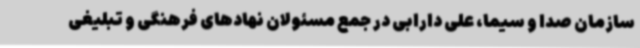
سازمان صدا و سیما، علی دارابی در جمع مسئولان نهادهای فرهنگی و تبلیغی